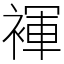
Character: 褌